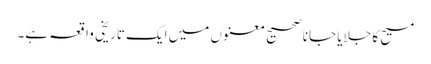
مسیح کا جلایا جانا صحیح معنوں میں ایک تاریخی واقعہ ہے۔